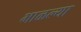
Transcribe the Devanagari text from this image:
भाळल्या